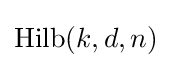
\operatorname {Hilb} (k,d,n)